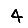
Digit: 4